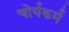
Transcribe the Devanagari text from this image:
चोर्यकर्म